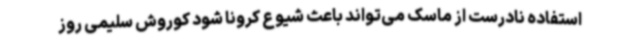
استفاده نادرست از ماسک می‌تواند باعث شیوع کرونا شود کوروش سلیمی روز